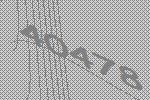
40478